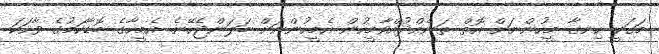
މަގަކީ ހިނގާ މީހުންނަށް އޮތް ތަނެއްދުއްވާމީހުން އެމީހުންނަށް ބަލަންޖެހޭނެ. އެމީހާގެ ބޮޑާކަމުގެ ވާހަކަ